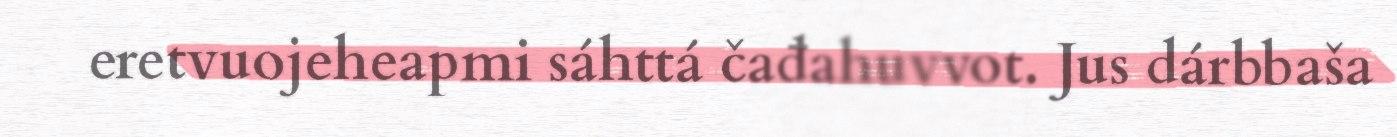
eretvuojeheapmi sáhttá čađahuvvot. Jus dárbbaša